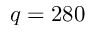
q = 2 8 0